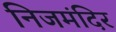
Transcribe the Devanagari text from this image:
निजमंदिर